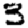
Digit: 3